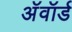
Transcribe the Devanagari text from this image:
अॅवॉर्ड